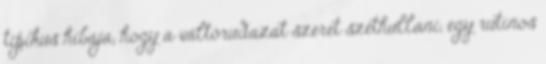
tipikus hibája, hogy a váltórudazat szeret széthullani, egy rutinos